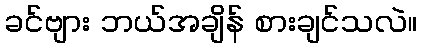
ခင်ဗျား ဘယ်အချိန် စားချင်သလဲ။